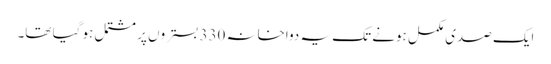
ایک صدی مکمل ہونے تک یہ دواخانہ 330 بستروں پر مشتمل ہو گیا تھا۔